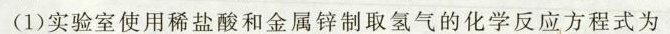
(1)实验室使用稀盐酸和金属锌制取氢气的化学反应方程式为